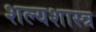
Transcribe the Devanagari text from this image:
शल्यशास्त्र